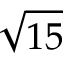
\sqrt { 1 5 }